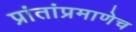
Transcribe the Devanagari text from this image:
प्रांतांप्रमाणेच